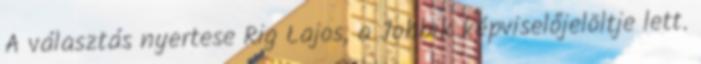
A választás nyertese Rig Lajos, a Jobbik képviselőjelöltje lett.